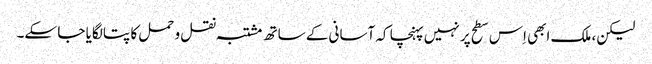
لیکن، ملک ابھی اِس سطح پر نہیں پہنچا کہ آسانی کے ساتھ مشتبہ نقل و حمل کا پتا لگایا جا سکے۔